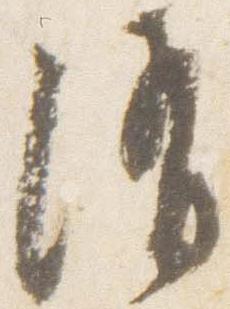
消